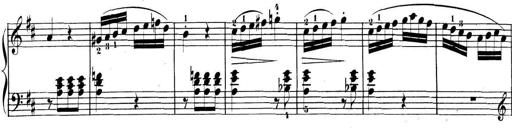
Title: 3 Sonatinen, Op.8
Composer: Isidor Wilhelm Seiss